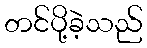
တင်ပို့ခဲ့သည်